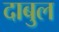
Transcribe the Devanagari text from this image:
दाबुल